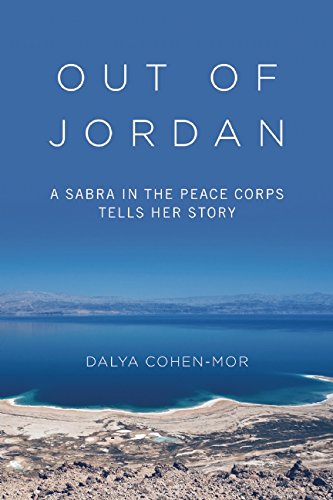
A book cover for Out of Jordan: A Sabra in the Peace Corps Tells Her Story; Dalya Cohen-Mor; Biographies & Memoirs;